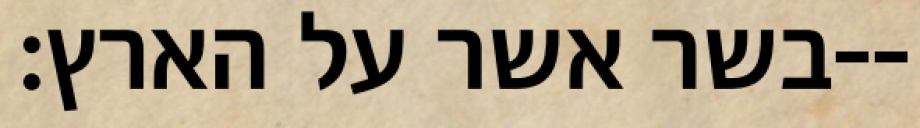
בשר אשר על הארץ׃--